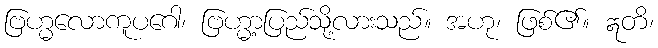
ဗြဟ္မလောကူပဂေါ၊ ဗြဟ္မာ့ပြည်သို့လားသည်။ အဟု၊ ဖြစ်၏။ ဣတိ၊